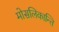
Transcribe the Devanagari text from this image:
मोसलिकान्ति